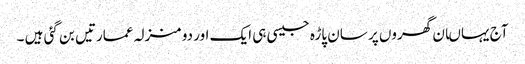
آج یہاںان گھروں پر سان پاڑہ جیسی ہی ایک اور دو منزلہ عمارتیں بن گئی ہیں ۔